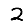
Digit: 2